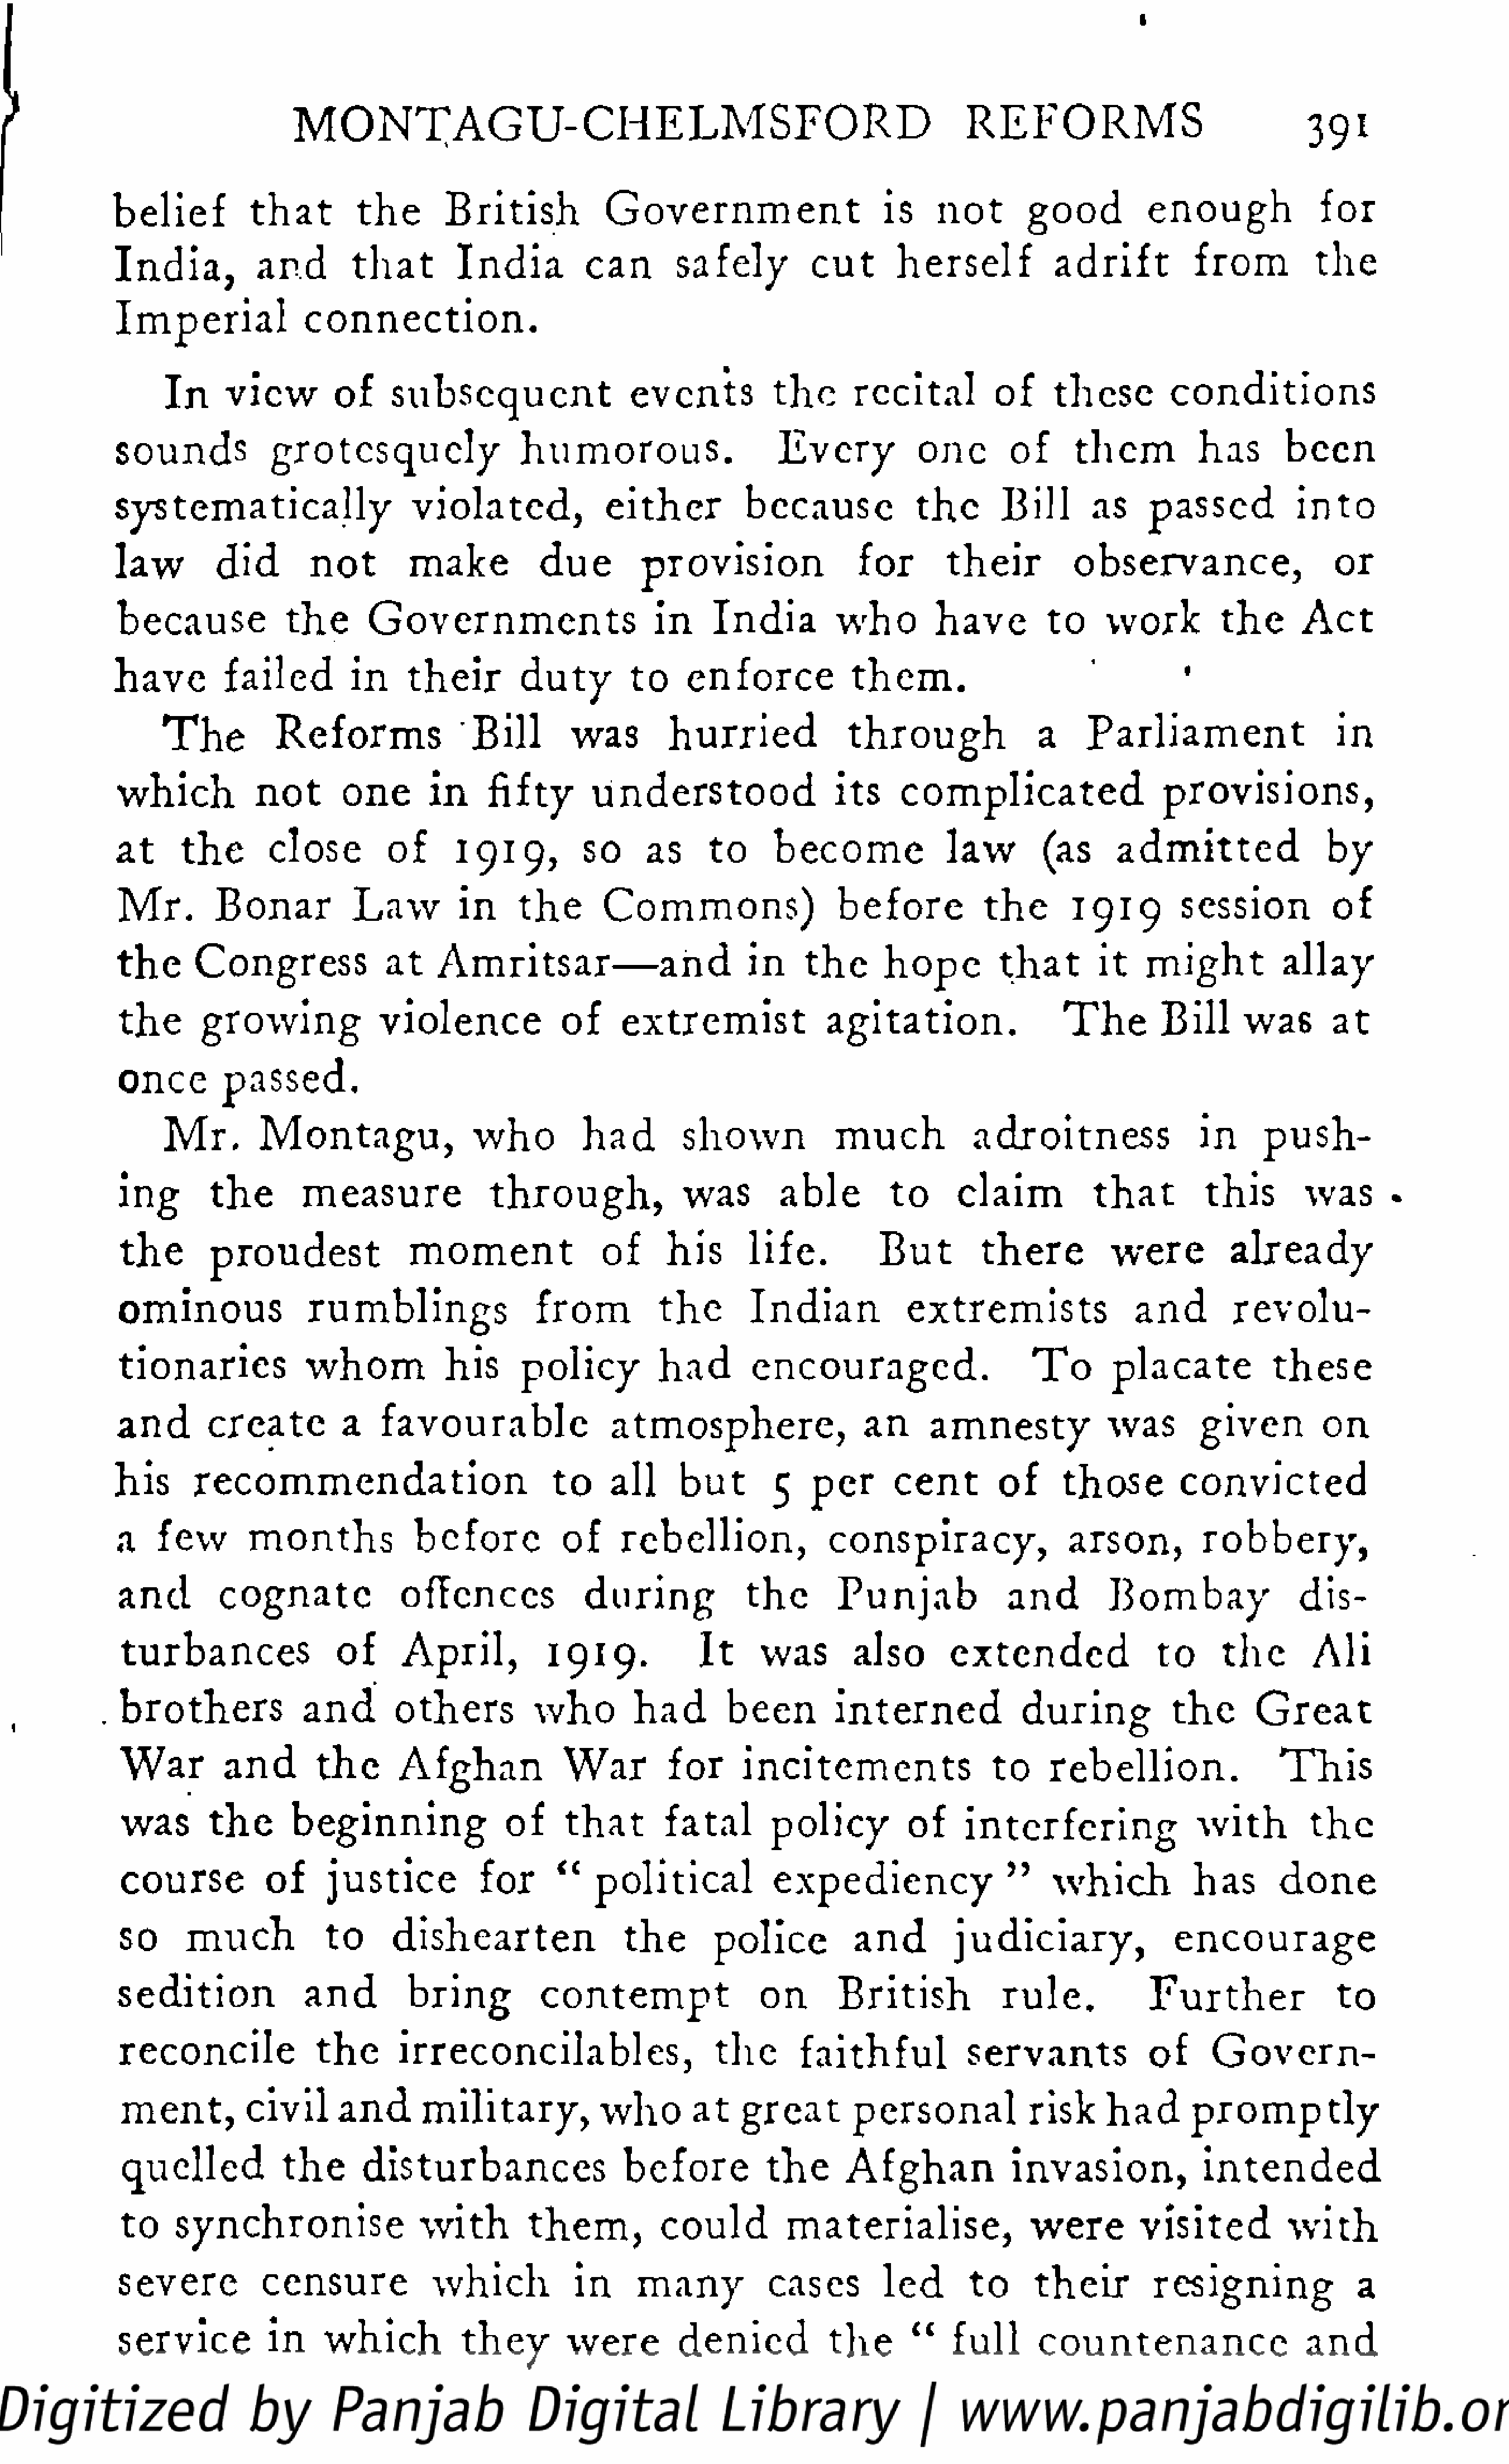
I
 M    O   N    T   A   G   U    - C   H    E   L  M     S  F   O   RD           R   E   F  O   R   MS                   391
 belief           t h at      the       British            Government                      is    not        good          enough               for
 India,          and        that        India          can        safely          cut       herself           adrift          from           the
 Imperial              connection.
 In    view         of     subsequent                  events           the      recital          of     these         conditions
 sounds            grotesquely                  humorous.                     Every            one       of      them           has       been
 systematically                    violated,              either           because             the       Bill      as     passed            into
 law        did        not         make           due         provision                for        their          observance,                   or
 because             the      Governments                       in     India         who        have         to     work          the      Act
 have        failed         in     their        duty         to    enforce             them.
 T   he       Reforms                Bill        was        hurried              through                a    Parliament                    in
 which           not       one       in     fifty       understood                   its    complicated                     provisions,
 at     the       close         of       1919,         so      as     to      become              law         (as     admitted                 by
 M    r.    Bonar           Law         in     the       Commons)                    before           the       1919         session           of
 the      Congress              at    Amritsar—and                         in    the      hope          that       it   might            allay
 the      growing              violence              of     extremist               agitation.                  T   he     Bill      was       at
 once         passed.
 M     r.   Montagu,                 who          had         shown            much            adroitness                 in      push
 ing        the       measure               through,               was        able         to      claim           t h  at      this       was        .
 the       proudest                moment                of      his       life.          But         there          were          already
 ominous               rumblings                  from           the       Indian            extremists                 and         revolu
 tionaries             whom            his      policy          had        encouraged.                      To       placate            these
 and       create          a    favourable                 atmosphere,                   an     amnesty              was        given          on
 his      recommendation                            to     all     but        5   per       cent        of      those         convicted
 a    few        months             before           of      rebellion,              conspiracy,                 arson,          robbery,
 and         cognate              offences              during             the       Punjab              and         Bombay                dis
 turbances                 of      April,           1919.             It    was        also        extended                to      the       Ali
 brothers              and       others          who         had        been        interned              during            the       Great
 War         and        the      Afghan              War         for      incitements                  to     rebellion.                 T   h  is
 was        the      beginning                of     that        fatal       policy          of     interfering                 with         the
 course           of      justice           for      "   political            expediency                  "    which            has       done
 so      much            to      dishearten                 the       police           and        judiciary,                 encourage
 sedition              and         bring          contempt                  on       British            rule.            Further               to
 reconcile              the       irreconcilables,                     the       faithful           servants              of      Govern
 ment,          civil      and      military,            who        at    great        personal            risk     had        promptly
 quelled            the       disturbances                  before           the      Afghan             invasion,               intended
 to     synchronise                 with         them,          could          materialise,                 were        visited           with
 severe           censure             which            in     many           cases         led       to     their         resigning               a
 service           in    which           they        were         denied            the       "   full       countenance                    and